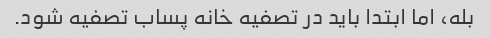
بله، اما ابتدا باید در تصفیه خانه پساب تصفیه شود.